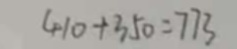
4 1 0 + 3 5 0 = 7 7 3